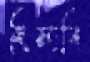
হিসাবি